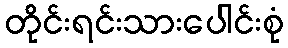
တိုင်းရင်းသားပေါင်းစုံ